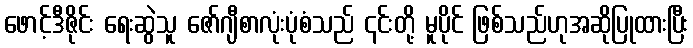
ဖောင့်ဒီဇိုင်း ရေးဆွဲသူ ဇော်ဂျီစာလုံးပုံစံသည် ၎င်းတို့ မူပိုင် ဖြစ်သည်ဟုအဆိုပြုထားပြီး